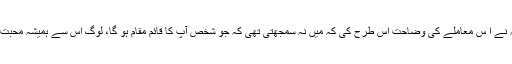
حضرت عائشہ نے ا س معاملے کی وضاحت اس طرح کی کہ میں نہ سمجھتی تھی کہ جو شخص آپ کا قائم مقام ہو گا، لوگ اس سے ہمیشہ محبت ہی کریں گے۔